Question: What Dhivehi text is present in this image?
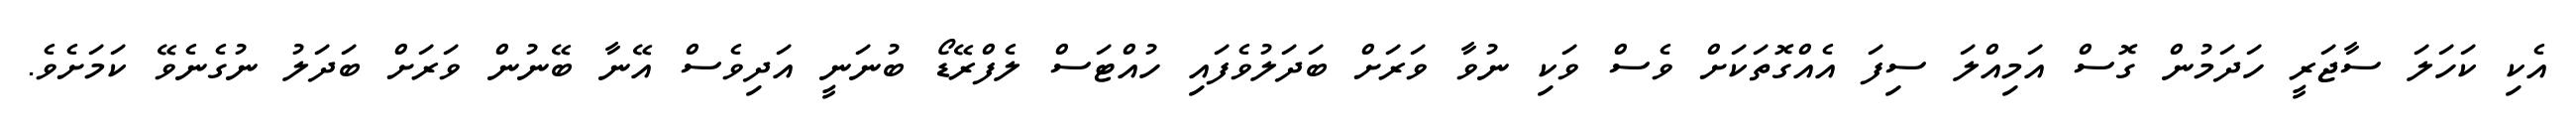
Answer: އެކި ކަހަލަ ސާޖަރީ ހަދަމުން ގޮސް އަމިއްލަ ސިފަ އެއްގޮތަކަށް ވެސް ވަކި ނުވާ ވަރަށް ބަދަލުވެފައި ހުއްޓަސް ލެފްރޭޑޯ ބުނަނީ އަދިވެސް އޭނާ ބޭނުން ވަރަށް ބަދަލު ނުގެނެވޭ ކަމަށެވެ.